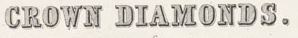
CROWN DIAMONDS.